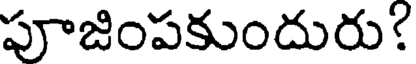
పూజింపకుందురు?